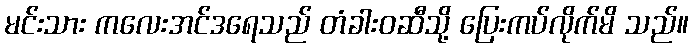
မင်းသား ကလေးအင်ဒရေသည် တံခါးဝဆီသို့ ပြေးကပ်လိုက်မိ သည်။